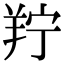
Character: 羜